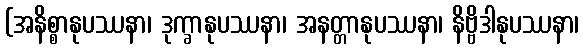
(အနိစ္စာနုပဿနာ၊ ဒုက္ခာနုပဿနာ၊ အနတ္တာနုပဿနာ၊ နိဗ္ဗိဒါနုပဿနာ၊